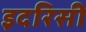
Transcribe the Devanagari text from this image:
इदरिसी